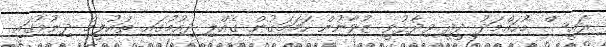
ރައީސް މުހައްމަދު ދީދީ ވިދާޅުވީ ޒުވާނުން ހަމަމަގުން ގެއްލި ދިއުމުގައި ތައުލީމް ދިނުމުގައި